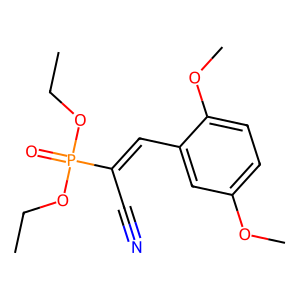
SMILES: CCOP(=O)(OCC)C(C#N)=Cc1cc(OC)ccc1OC
Inhibits HIV replication: No